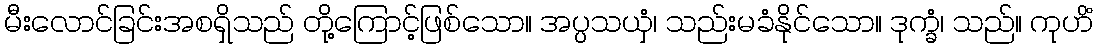
မီးလောင်ခြင်းအစရှိသည် တို့ကြောင့်ဖြစ်သော။ အပ္ပသယှံ၊ သည်းမခံနိုင်သော။ ဒုက္ခံ၊ သည်။ ကုဟိံ